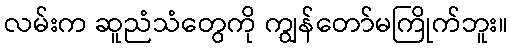
လမ်းက ဆူညံသံတွေကို ကျွန်တော်မကြိုက်ဘူး။